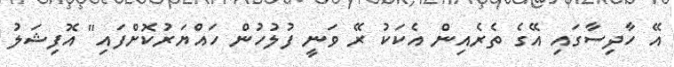
އޭ ހާދިސާގައި އޭގެ ތެރެއިން އެކަކު ރޭ ވަނީ ފުލުހުން ހައްޔަރުކޮށްފައި" އޮފިޝަލު